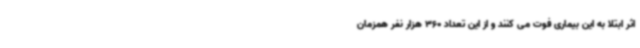
اثر ابتلا به این بیماری فوت می کنند و از این تعداد 360 هزار نفر همزمان